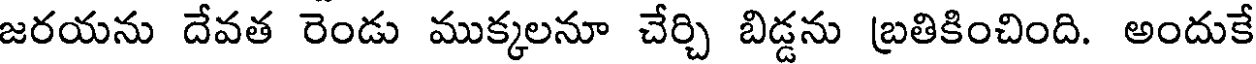
జరయను దేవత రెండు ముక్కలనూ చేర్చి బిడ్డను బ్రతికించింది. అందుకే